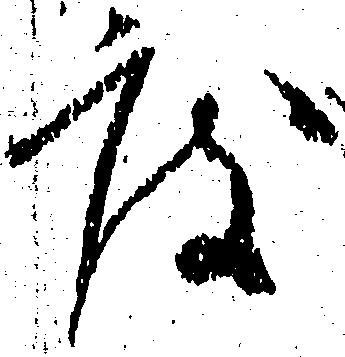
度